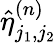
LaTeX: \hat{\eta}_{j_{1},j_{2}}^{(n)}